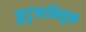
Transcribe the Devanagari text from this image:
कुटुंबाभिमुख